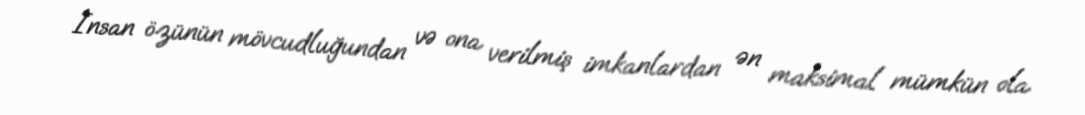
İnsan özünün mövcudluğundan və ona verilmiş imkanlardan ən maksimal mümkün ola